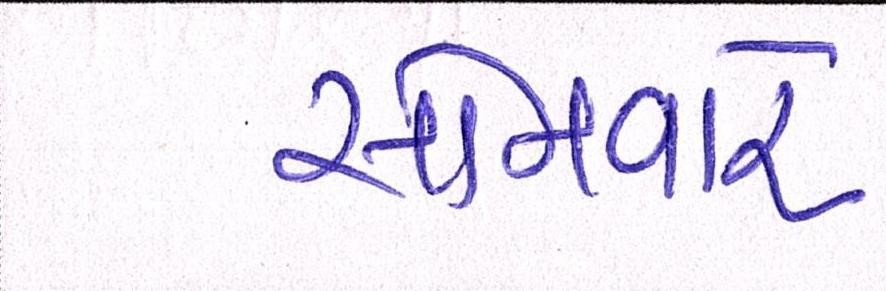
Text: સોમવારે